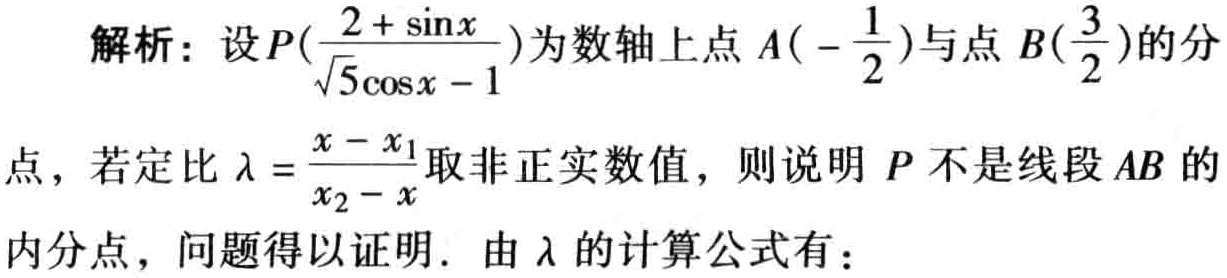
解析：设\(P(\frac{2 + \sin x}{\sqrt{5}\cos x - 1})\)为数轴上点\(A(-\frac{1}{2})\)与点\(B(\frac{3}{2})\)的分

点，若定比\(\lambda = \frac{x - x_1}{x_2 - x}\)取非正实数值，则说明\(P\)不是线段\(AB\)的

内分点，问题得以证明. 由\(\lambda\)的计算公式有：